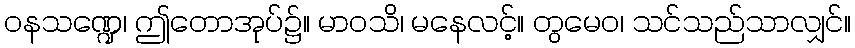
ဝနသဏ္ဍေ၊ ဤတောအုပ်၌။ မာဝသိ၊ မနေလင့်။ တွမေဝ၊ သင်သည်သာလျှင်။